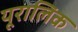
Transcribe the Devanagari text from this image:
यूरालिक